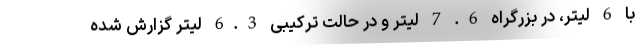
با 6 لیتر، در بزرگراه 6. 7 لیتر و در حالت ترکیبی 6.3 لیتر گزارش شده